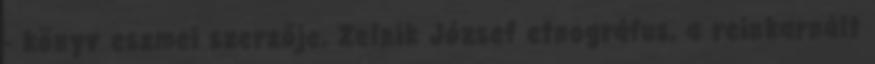
- könyv eszmei szer­ző­je, Zelnik József etnográfus, a reinkarnált